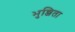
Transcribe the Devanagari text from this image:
भुन्जिता